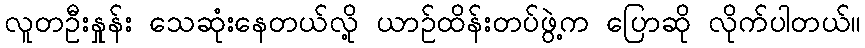
လူတဦးနှုန်း သေဆုံးနေတယ်လို့ ယာဉ်ထိန်းတပ်ဖွဲ့က ပြောဆို လိုက်ပါတယ်။